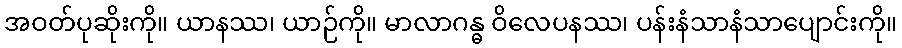
အဝတ်ပုဆိုးကို။ ယာနဿ၊ ယာဉ်ကို။ မာလာဂန္ဓ ဝိလေပနဿ၊ ပန်းနံသာနံသာပျောင်းကို။